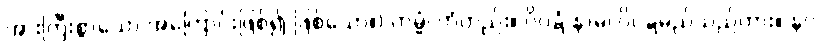
အားကြီးစွာသော အကြောင်းဖြစ်၍ ဖြစ်သော။) ကမ္မံ၊ ကံတည်း။ ဝိဝဋ္ဋံ နာမ၊ ဝိဝဋ္ဋမည်သည်ကား။ နဝ